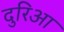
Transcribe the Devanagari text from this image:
दुरिआ